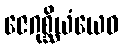
ဇေဂုစ္ဆိယံယေဝ